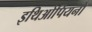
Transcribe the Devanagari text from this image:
इथिओपियनों